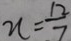
n = \frac { 1 2 } { 7 }